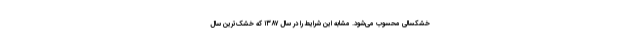
خشکسالی محسوب می‌شود. مشابه این شرایط را در سال ۱۳۸۷ که خشک‌ترین سال